Lunatic asylums Central Provinces reports 1910-1926 - 1910-1926
Year: 1910
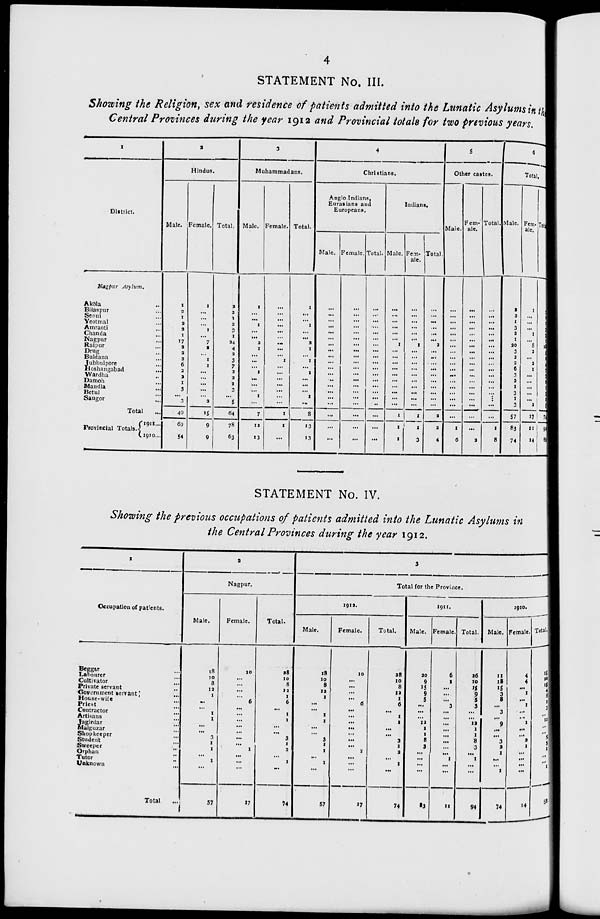
4
STATEMENT No. III.
Showing the Religion, sex and residence of patients admitted into the Lunatic Asylums in the
Central Provinces during the year 1912 and Provincial totals for two previous years.
1
District.
Nagpur Asylum.
Akola ...
Bilaspur ...
Seoni ...
Yeotmal ...
Amraoti ...
Chanda ...
Nagpur ...
Raipur ...
Drug ...
Buldana ...
Jubbulpore ...
Hoshangabad
...
Wardha ...
Damoh ...
Mandla ...
Betul ...
Saugor ...
Total ...
Provincial Totals.
1911 ...
1910 ...
2
Hindus.
Male.
1
2
1
2
2
1
17
2
2
2
6
2
2
1
3
...
3
49
69
54
Female.
1
...
...
...
1
...
7
2
...
1
1
...
...
...
...
...
2
15
9
9
Total.
2
2
1
2
3
1
24
4
2
3
7
2
2
1
3
...
5
64
78
63
3
Muhammadans.
Male.
1
...
...
1
...
...
2
1
...
...
...
1
...
...
...
1
...
7
12
13
Female.
...
...
...
...
...
...
...
...
...
1
...
...
...
...
...
...
...
1
1
...
Total.
1
...
...
1
...
...
2
1
...
1
...
1
...
...
...
1
...
8
13
13
4
Christians.
Anglo Indians,
Eurasians and
Europeans.
Male.
...
...
...
...
...
...
...
...
...
...
...
...
...
...
...
...
...
...
...
...
Female.
...
...
...
...
...
...
...
...
...
...
...
...
...
...
...
...
...
...
...
...
Total.
...
...
...
...
...
...
...
...
...
...
...
...
...
...
...
...
...
...
...
...
Indians.
Male.
...
...
...
...
...
...
1
...
...
...
...
...
...
...
...
...
...
1
1
1
Fem-
ale.
...
...
...
...
...
...
1
...
...
...
...
...
...
...
...
...
...
1
1
3
Total.
...
...
...
...
...
...
2
...
...
...
...
...
...
...
...
...
...
2
2
4
5
Other castes.
Male.
...
...
...
...
...
...
...
...
...
...
...
...
...
...
...
...
...
...
1
6
Fem-
ale.
...
...
...
...
...
...
...
...
...
...
...
...
...
...
...
...
...
...
...
2
Total.
...
...
...
...
...
...
...
...
...
...
...
...
...
...
...
...
...
...
1
8
6
Total.
Male.
2
2
1
3
2
1
20
3
2
2
6
3
2
1
3
1
3
57
83
74
Fem-
ale.
1
...
...
...
1
...
8
2
...
2
1
...
...
...
...
...
2
17
11
14
Total.
3
2
1
3
3
1
28
5
2
4
7
3
2
1
3
1
5
74
94
88
STATEMENT No. IV.
Showing the previous occupations of patients admitted into the Lunatic Asylums in
the Central Provinces during the year 1912.
1
Occupation of patients.
Beggar ...
Labourer ...
Cultivator
...
Private servant ...
Government servant
...
House-wife ...
Priest ...
Contractor ...
Artisans ...
Jagirdar ...
Malguzar ...
Shopkeeper ...
Student ...
Sweeper ...
Orphan
...
Tutor ...
Unknown ...
Total
...
2
Nagpur.
Male.
18
10
8
12
1
...
...
1
1
...
...
3
1
1
...
1
...
57
Female.
10
...
...
...
...
6
...
...
...
...
...
...
...
1
...
...
...
17
Total.
28
10
8
12
1
6
...
1
1
...
...
3
1
2
...
1
...
74
3
Total for the Province.
1912.
Male.
18
10
8
12
1
...
...
1
1
...
...
3
1
1
...
1
...
57
Female.
10
...
...
...
...
6
...
...
...
...
...
...
...
1
...
...
...
17
Total.
28
10
8
12
1
6
...
1
1
...
...
3
1
2
...
1
...
74
1911.
Male.
20
9
15
9
5
...
...
...
12
1
1
8
3
...
...
...
...
83
Female.
6
1
...
...
...
3
...
...
...
...
...
...
...
...
1
...
...
11
Total.
26
10
15
9
5
3
...
...
12
1
1
8
3
...
1
...
...
94
1910.
Male.
11
18
15
3
8
...
3
...
9
...
...
3
2
1
...
...
1
74
Female.
4
4
...
1
...
1
...
...
1
...
...
2
1
...
...
...
...
14
Total.
15
22
15
4
8
1
3
...
10
...
...
5
3
1
...
...
1
88